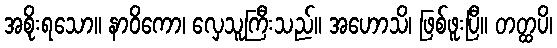
အစိုးရသော။ နာဝိကော၊ လှေသူကြီးသည်။ အဟောသိ၊ ဖြစ်ဖူးပြီ။ တတ္ထပိ၊